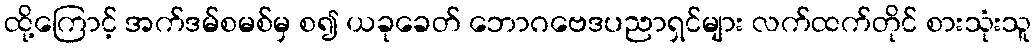
ထို့ကြောင့် အက်ဒမ်စမစ်မှ စ၍ ယခုခေတ် ဘောဂဗေဒပညာရှင်များ လက်ထက်တိုင် စားသုံးသူ